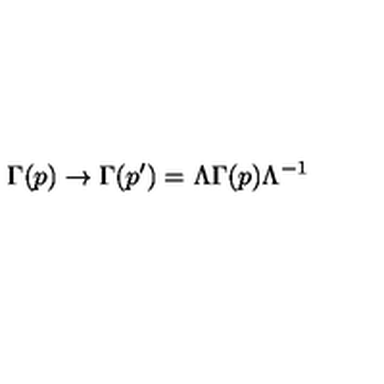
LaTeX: \Gamma ( p ) \rightarrow \Gamma ( p ^ { \prime } ) = \Lambda \Gamma ( p ) \Lambda ^ { - 1 }